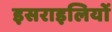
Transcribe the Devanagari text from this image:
इसराइलियों